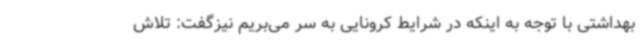
بهداشتی با توجه به اینکه در شرایط کرونایی به سر می‌بریم نیزگفت: تلاش